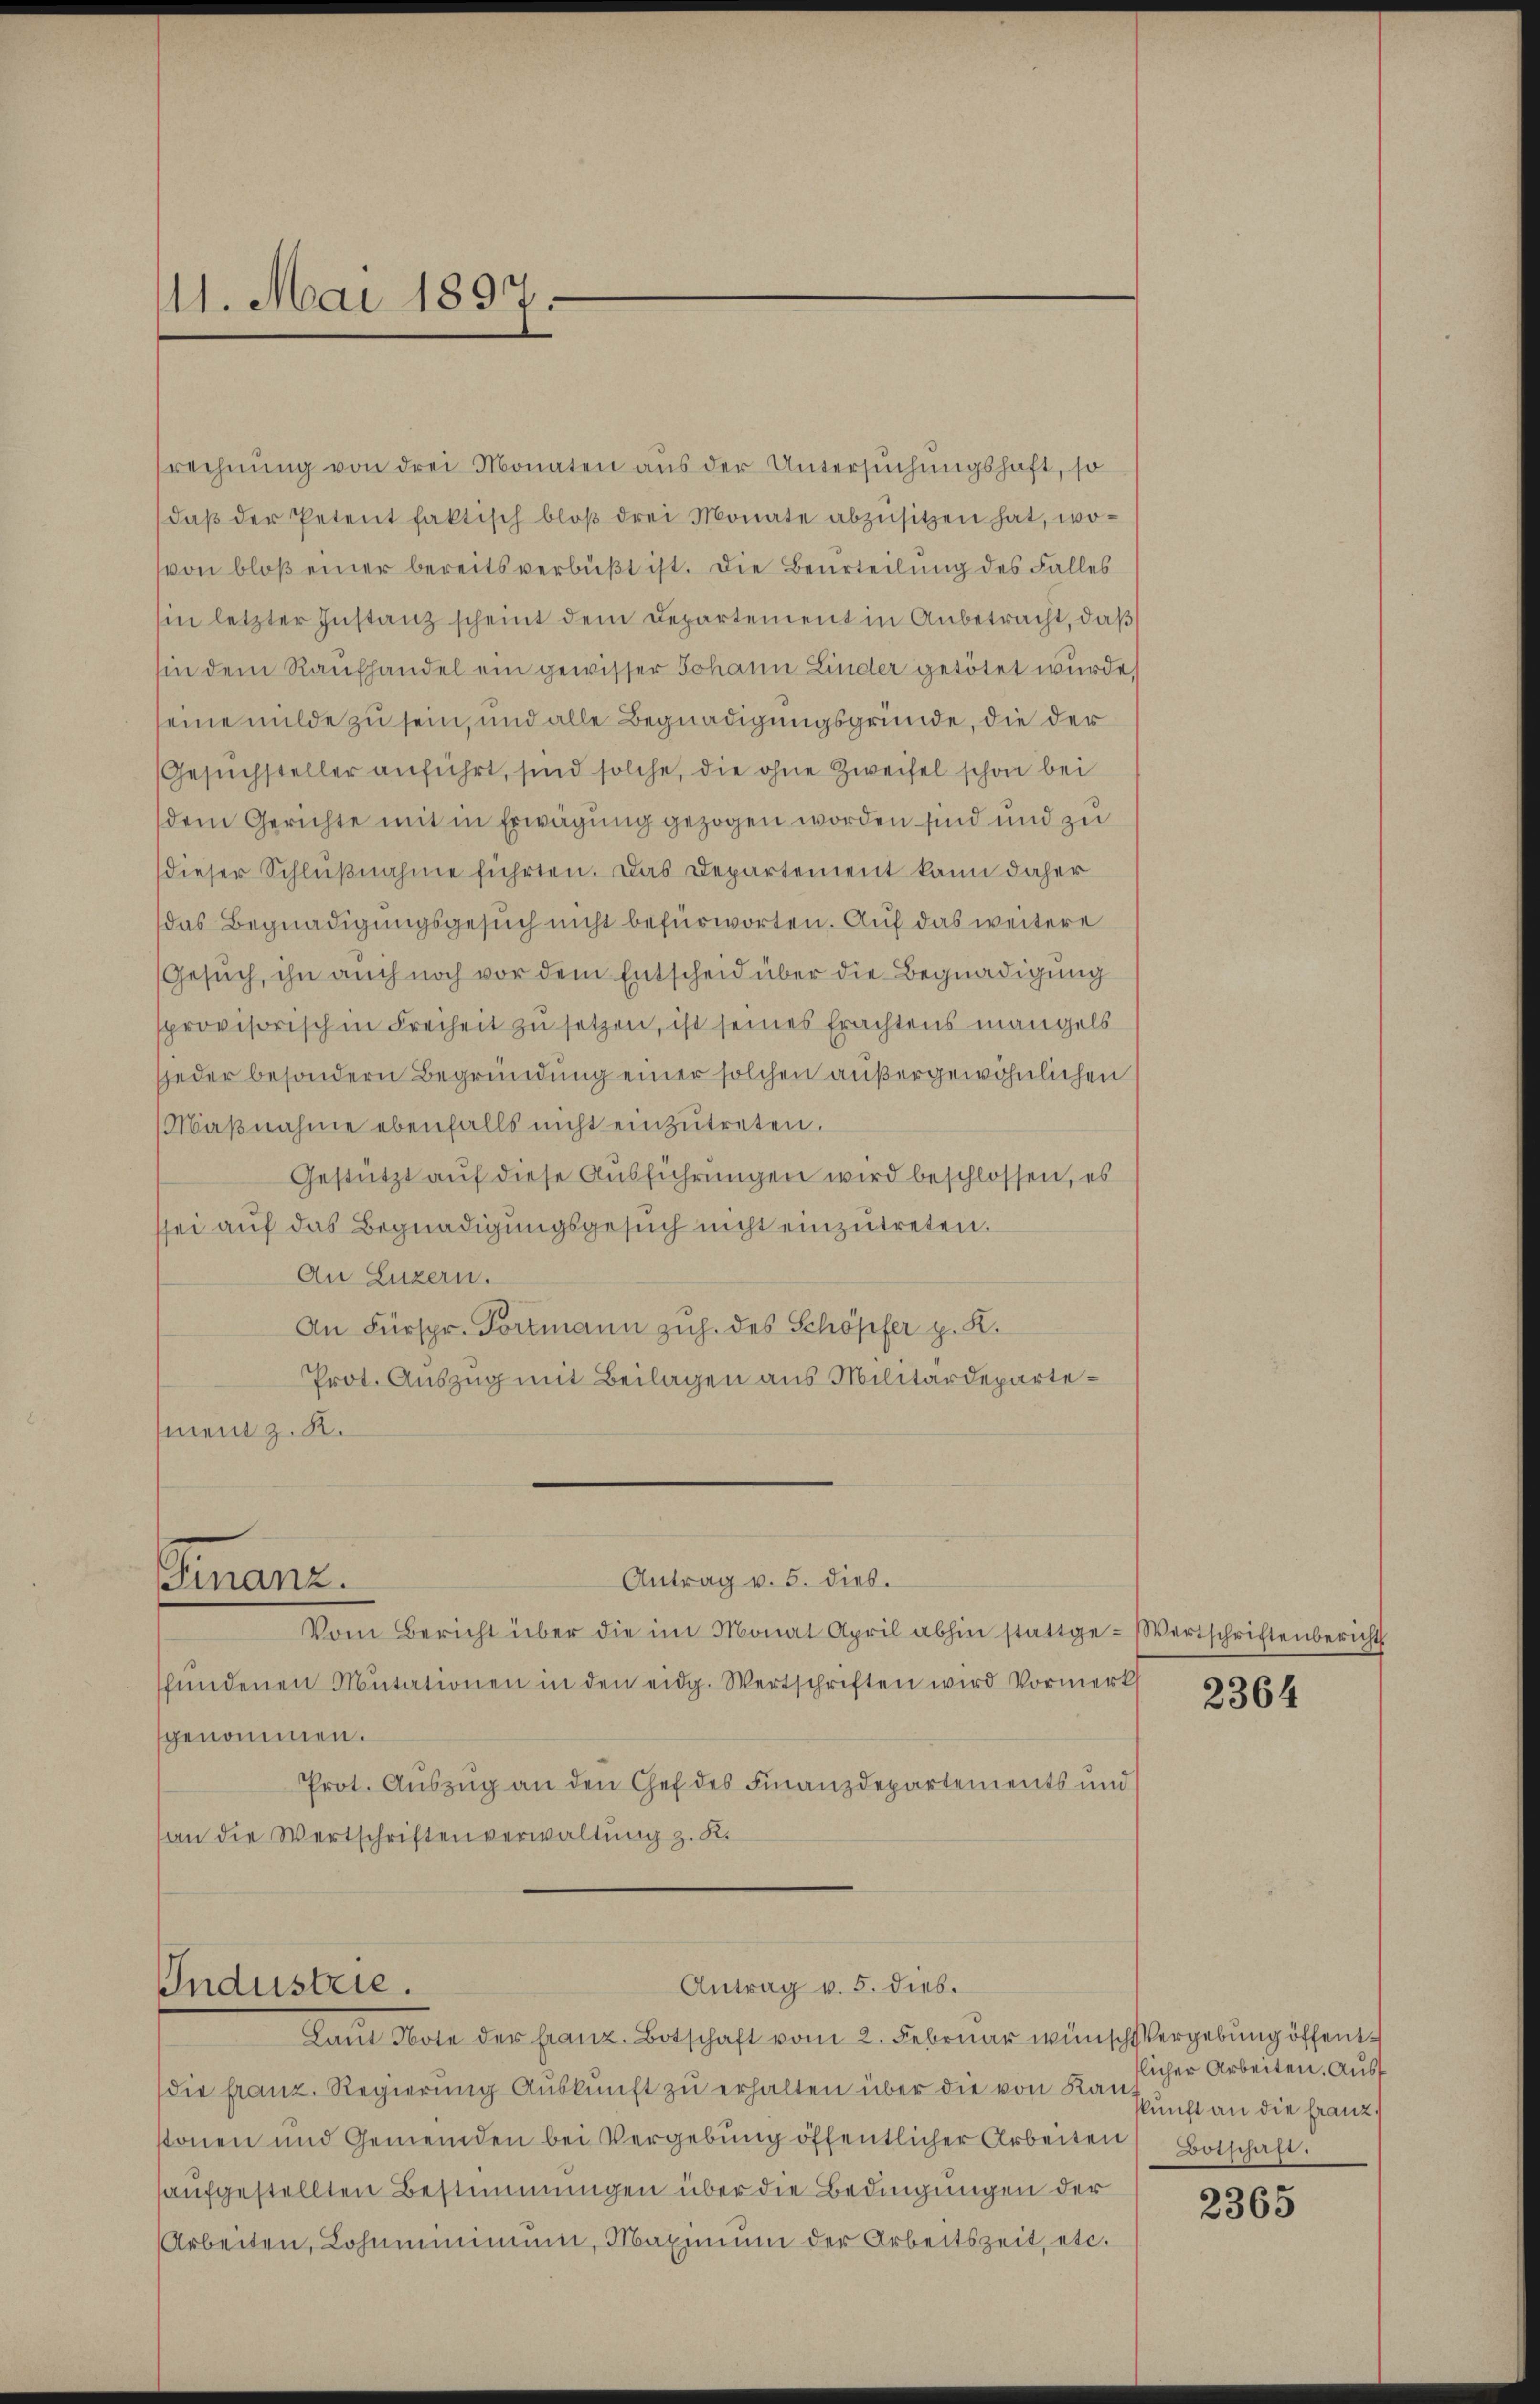
11. Mai 1897.

srechnung von drei Monaten aus der Untersuchungshaft, so
daß der Petent faktisch bloß drei Monate abzusitzen hat, wovon bloß einer bereits verbüßt ist. Die Beurteilung des Falles
sin letzter Instanz scheint dem Departement in Anbetracht, daß
hin dem Raufhandel ein gewisser Johann Linder getötet wurde,
seine milde zu sein, und alle Begnadigungsgründe, die der
Gesuchsteller anführt, sind solche, die ohne Zweifel schon bei
dem Gerichte mit in Erwägung gezogen worden sind und zu
dieser Schlußnahme führten. Das Departement kann daher
das Begnadigungsgesuch nicht befürworten. Auf das weitere
Gesuch, ihn auch noch vor dem Entscheid über die Begnadigung
sprovisorisch in Freiheit zu setzen, ist seines Erachtens mangels
jeder besondern Begründung einer solchen außergewöhnlichen
Maβnahme ebenfalls nicht einzutreten.
Gestützt auf diese Ausführungen wird beschlossen, es
sei auf das Begnadigungsgesuch nicht einzŭtreten.
An Luzern.
An Fürspr. Tortmann zuh. des Schöpfer p. K.
Prot. Auszug mit Beilagen aus Militärdepartement z. R.

Finanz.

Industrie.

Vom Bericht über die im Monat April abhin stattge-Wertschriftenbericht
fŭndenen Mutationen in den eidg. Wertschriften wird Vormerks
genommen.
Prot. Auszug an den Chef des Finanzdepartements und
an die Wertschriften verwaltung z. K.

Antrag v. 5. dies.

Antrag v. 5. dies.

Laut Note der Franz. Botschaft vom 2. Februar wünsch Vergebung öffentdie franz. Regierung Auskunft zu erhalten über die von Kunst an die Franz
stonen und Gemeinden bei Vergebŭng öffentlicher Arbeiten Botschaft.
aufgestellten Bestimmungen über die Bedingungen der
Arbeiten, Lohnminimum, Maximum der Arbeitszeit, etc.

2364

licher Arbeiten. Ausf

2365